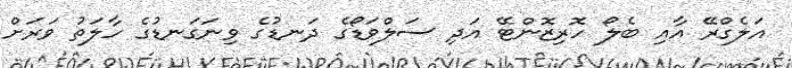
އަލެގްރޭ އާއި ބެލޯ ހޮރިޒޮންޓޭ އަދި ސަލްވަޑޯގެ ދަނޑުގެ ވިނަގަނޑުގެ ހާލަތު ވަރަށް